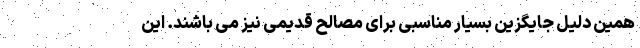
همین دلیل جایگزین بسیار مناسبی برای مصالح قدیمی نیز می باشند. این